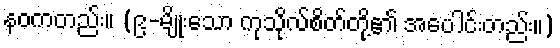
နဝကတည်း။ (၉-မျိုးသော ကုသိုလ်စိတ်တို့၏ အပေါင်းတည်း။)